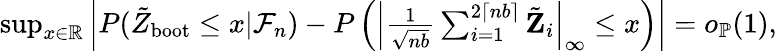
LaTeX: \begin{array}{r}{\operatorname*{sup}_{x\in\mathbb R}\left|P(\tilde{Z}_{\mathrm{boot}}\leq x|\mathcal{F}_{n})-P\left(\left|\frac{1}{\sqrt{nb}}\sum_{i=1}^{2\lceil nb\rceil}\tilde{\mathbf Z}_{i}\right|_{\infty}\leq x\right)\right|=o_{\mathbb{P}}(1),}\end{array}